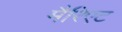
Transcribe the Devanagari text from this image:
मैरिएट